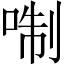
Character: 𠶜